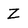
Character: Z